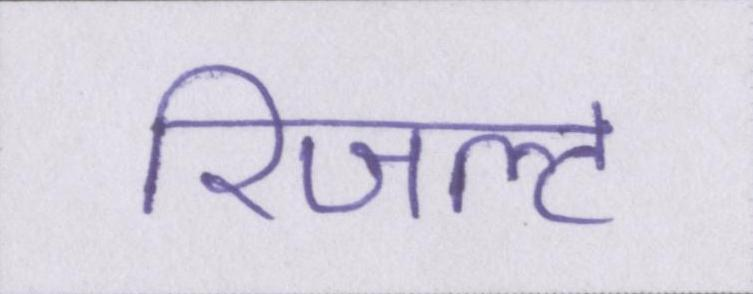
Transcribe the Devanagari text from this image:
रिजल्ट